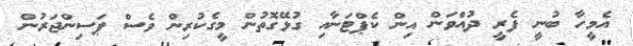
އެމީހާ ބުނީ ފެރީ ދުއްވަން އިން ކެޕްޓަނާއި ގުޅޭގޮތުން މީގެކުރިން ވެސް ޕަސިންޖަރުން